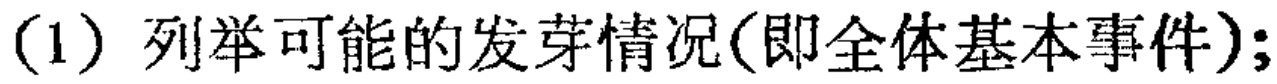
(1) 列举可能的发芽情况(即全体基本事件);